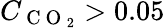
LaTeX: C_{\mathrm{~C~O~}_{2}}>0.05